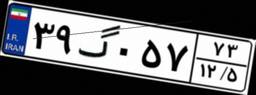
۳۹گ۰۵۷۷۳